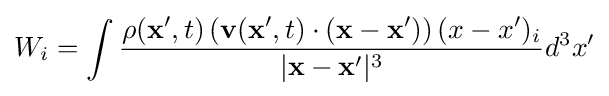
W_{i}=\int {\rho (\mathbf {x} ',t)\left(\mathbf {v} (\mathbf {x} ',t)\cdot (\mathbf {x} -\mathbf {x} ')\right)(x-x')_{i} \over |\mathbf {x} -\mathbf {x} '|^{3}}d^{3}x'